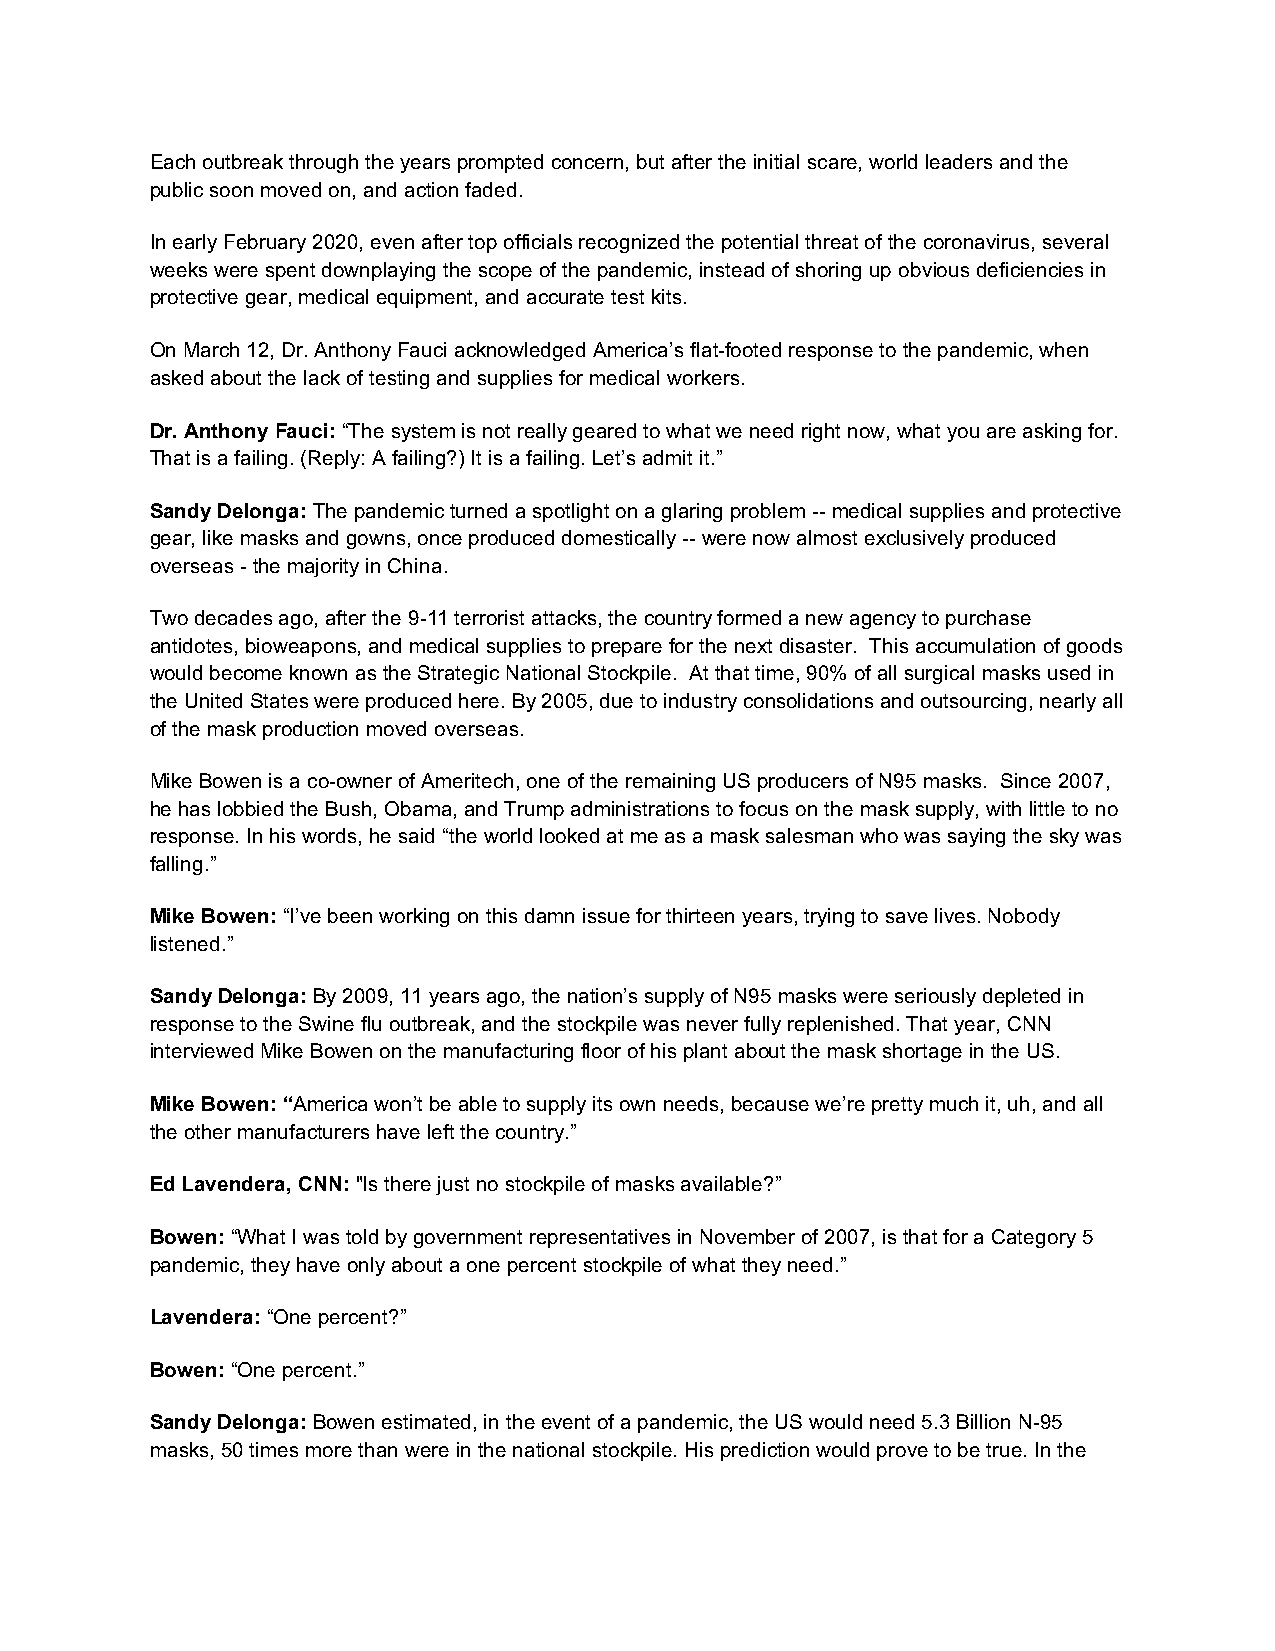
Each outbreak through the years prompted concern, but after the initial scare, world leaders and the
 public soon moved on, and action faded.
 In early February 2020, even after top officials recognized the potential threat of the coronavirus, several
 weeks were spent downplaying the scope of the pandemic, instead of shoring up obvious deficiencies in
 protective gear, medical equipment, and accurate test kits.
 On March 12, Dr. Anthony Fauci acknowledged America’s flat-footed response to the pandemic, when
 asked about the lack of testing and supplies for medical workers.
 Dr. Anthony Fauci: “The system is not really geared to what we need right now, what you are asking for.
 That is a failing. (Reply: A failing?) It is a failing. Let’s admit it.”
 Sandy Delonga: The pandemic turned a spotlight on a glaring problem -- medical supplies and protective
 gear, like masks and gowns, once produced domestically -- were now almost exclusively produced
 overseas - the majority in China.
 Two decades ago, after the 9-11 terrorist attacks, the country formed a new agency to purchase
 antidotes, bioweapons, and medical supplies to prepare for the next disaster. This accumulation of goods
 would become known as the Strategic National Stockpile. At that time, 90% of all surgical masks used in
 the United States were produced here. By 2005, due to industry consolidations and outsourcing, nearly all
 of the mask production moved overseas.
 Mike Bowen is a co-owner of Ameritech, one of the remaining US producers of N95 masks. Since 2007,
 he has lobbied the Bush, Obama, and Trump administrations to focus on the mask supply, with little to no
 response. In his words, he said “the world looked at me as a mask salesman who was saying the sky was
 falling.”
 Mike Bowen: “I’ve been working on this damn issue for thirteen years, trying to save lives. Nobody
 listened.”
 Sandy Delonga: By 2009, 11 years ago, the nation’s supply of N95 masks were seriously depleted in
 response to the Swine flu outbreak, and the stockpile was never fully replenished. That year, CNN
 interviewed Mike Bowen on the manufacturing floor of his plant about the mask shortage in the US.
 Mike Bowen: “America won’t be able to supply its own needs, because we’re pretty much it, uh, and all
 the other manufacturers have left the country.”
 Ed Lavendera, CNN: "Is there just no stockpile of masks available?”
 Bowen: “What I was told by government representatives in November of 2007, is that for a Category 5
 pandemic, they have only about a one percent stockpile of what they need.”
 Lavendera: “One percent?”
 Bowen: “One percent.”
 Sandy Delonga: Bowen estimated, in the event of a pandemic, the US would need 5.3 Billion N-95
 masks, 50 times more than were in the national stockpile. His prediction would prove to be true. In the